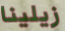
زيلينا